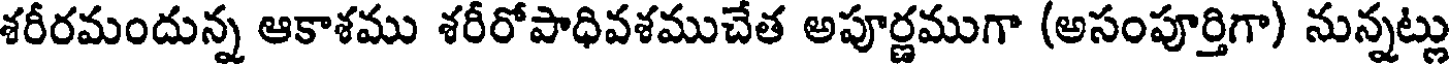
శరీరమందున్న ఆకాశము శరీరోపాధివశముచేత అపూర్ణముగా (అసంపూర్తిగా) నున్నట్లు